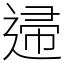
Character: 䢜